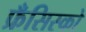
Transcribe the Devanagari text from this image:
फ्रँसिस्को